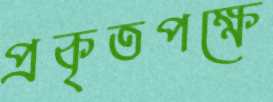
প্রকৃতপক্ষে